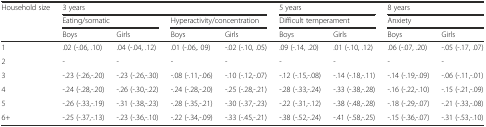
<table><thead><tr><td rowspan="3"><b>Household size</b></td><td colspan="4"><b>3 years</b></td><td colspan="2"><b>5 years</b></td><td colspan="2"><b>8 years</b></td></tr><tr><td colspan="2"><b>Eating/somatic</b></td><td colspan="2"><b>Hyperactivity/concentration</b></td><td colspan="2"><b>Difficult temperament</b></td><td colspan="2"><b>Anxiety</b></td></tr><tr><td><b>Boys</b></td><td><b>Girls</b></td><td><b>Boys</b></td><td><b>Girls</b></td><td><b>Boys</b></td><td><b>Girls</b></td><td><b>Boys</b></td><td><b>Girls</b></td></tr></thead><tbody><tr><td>1</td><td>.02 (-.06, .10)</td><td>.04 (-.04, .12)</td><td>.01 (-.06,. 09)</td><td>-.02 (-.10, .05)</td><td>.09 (-.14, .20)</td><td>.01 (-.10, .12)</td><td>.06 (-.07, .20)</td><td>-.05 (-.17, .07)</td></tr><tr><td>2</td><td>-</td><td>-</td><td>-</td><td>-</td><td>-</td><td>-</td><td>-</td><td>-</td></tr><tr><td>3</td><td>-.23 (-.26,-.20)</td><td>-.23 (-.26,-.30)</td><td>-.08 (-.11,-.06)</td><td>-.10 (-.12,-.07)</td><td>-.12 (-.15,-.08)</td><td>-.14 (-.18,-.11)</td><td>-.14 (-.19,-.09)</td><td>-.06 (-.11,-.01)</td></tr><tr><td>4</td><td>-.24 (-.28,-.20)</td><td>-.26 (-.30,-.22)</td><td>-.24 (-.28,-.20)</td><td>-.25 (-.28,-.21)</td><td>-.28 (-.33,-.24)</td><td>-.33 (-.38,-.28)</td><td>-.16 (-.22,-.10)</td><td>-.15 (-.21,-.09)</td></tr><tr><td>5</td><td>-.26 (-.33,-.19)</td><td>-.31 (-.38,-.23)</td><td>-.28 (-.35,-.21)</td><td>-.30 (-.37,-.23)</td><td>-.22 (-.31,-.12)</td><td>-.38 (-.48,-.28)</td><td>-.18 (-.29,-.07)</td><td>-.21 (-.33,-.08)</td></tr><tr><td>6+</td><td>-.25 (-.37,-.13)</td><td>-.23 (-.36,-.10)</td><td>-.22 (-.34,-.09)</td><td>-.33 (-.45,-.21)</td><td>-.38 (-.52,-.24)</td><td>-.41 (-.58,-.25)</td><td>-.15 (-.36,-.07)</td><td>-.31 (-.53,-.10)</td></tr></tbody></table>